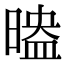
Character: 𣉗